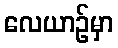
လေယာဉ်မှာ